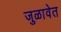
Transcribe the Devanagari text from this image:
जुळावेत